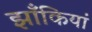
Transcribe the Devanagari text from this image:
झाँकियां